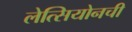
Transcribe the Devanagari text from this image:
लेत्सियोनची